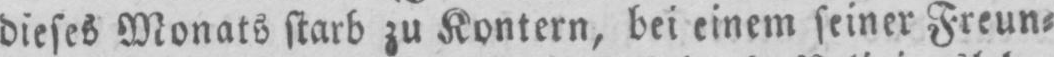
dieses Monats starb zu Kontern, bei einem seiner Freun⸗